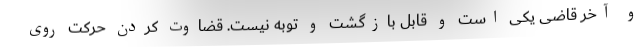
و آخر قاضی یکی است و قابل بازگشت و توبه نیست. قضاوت کردن حرکت روی